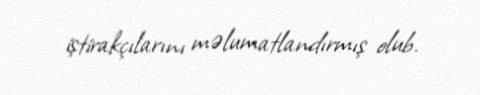
iştirakçılarını məlumatlandırmış olub.